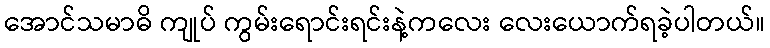
အောင်သမာဓိ ကျုပ် ကွမ်းရောင်းရင်းနဲ့ကလေး လေးယောက်ရခဲ့ပါတယ်။